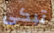
تبكى